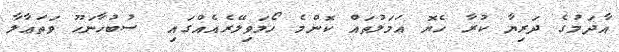
އާދަމުގެ ދަރިޔާ ކުރާ ހެޔޮ ޢަމަލުތައް ކޮންމެ ހޯމަވިލޭރެއެއްގައި  ސުބުހާނަހޫ ވަތަޢާލާ